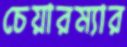
চেয়ারম্যার